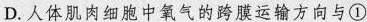
D.人体肌肉细胞中氧气的跨膜运输方向与①